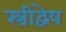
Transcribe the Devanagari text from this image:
स्त्रीद्वेष